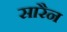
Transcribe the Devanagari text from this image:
सारैन